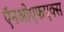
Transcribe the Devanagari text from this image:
ऍनओएफएक्स